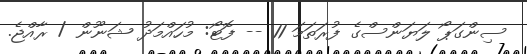
ސިންގަޕޯ ލަޔަންސްގެ ފުރަތަމަ 11 -- ފޮޓޯ: މުހައްމަދު ޝަނޫން / ރާއްޖެ.